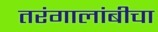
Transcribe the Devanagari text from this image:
तरंगालांबीचा